Vital statistics of India. Vol. V, Reports of 1876 on armies & jails and on epidemic cholera
Year: 1876
Disease focus: Cholera
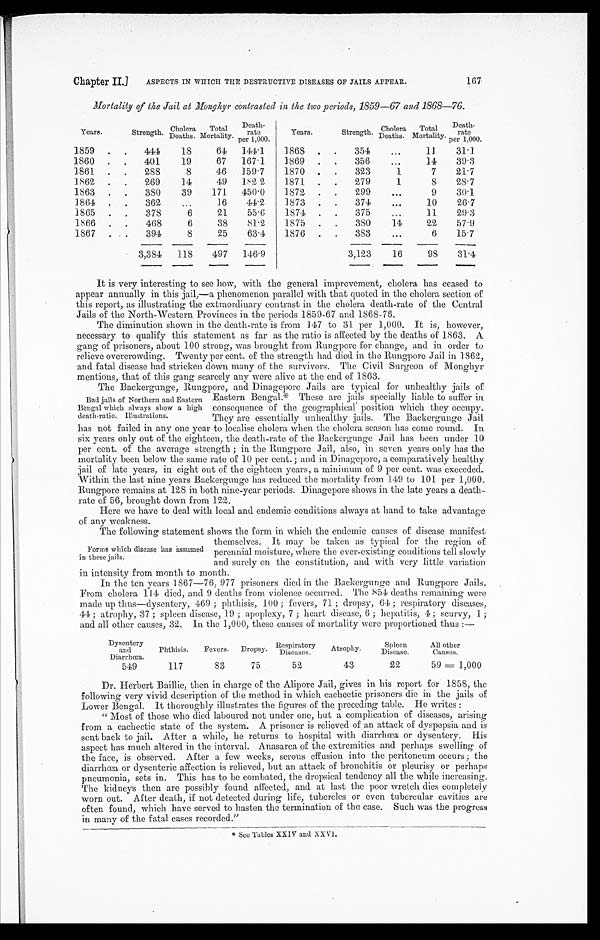
Chapter II.]
ASPECTS IN WHICH THE DESTRUCTIVE DISEASES OF JAILS APPEAR.
167
Mortality of the Jail at Monghyr contrasted in the two periods, 1859-67 and 1868-76.
Years.
Strength. Cholera
Deaths.
Total
Mortality.
Death rate
per 1,000.
1859
444
18
64
144.1
1860
401
19
67
167.1
1861
288
8
46
159.7
1862
269
14
49
182.2
1863
380
39
171
450.0
1864
362
16
44.2
1865
378
6
21
55.6
1866
468
6
38
81.2
1867
394
8
25
63.4
3,384
118
497
146.9
Years.
Strength. Cholera
Deaths.
Total
Mortality.
Death
rate
per 1,000.
1868
354
11
31.1
1869
356
14
39.3
1870
323
1
7
21.7
1871
279
1
8
28.7
1872
299
9
3 0 . 1
1873
374
10
26.7
1874
375
11
29.3
1875
380
14
22
57.9
1876
383
6
15.7
3,123
16
98
31.4
It is very interesting to see how, with the general improvement, cholera has ceased to
appear annually in this jail,—a phenomenon parallel with that quoted in the cholera section of
this report, as illustrating the extraordinary contrast in the cholera death-rate of the Central
Jails of the North-Western Provinces in the periods 1859-67 and 1868-76.
The diminution shown in the death-rate is from 147 to 31 per 1,000. It is, however,
necessary to qualify this statement as far as the ratio is affected by the deaths of 1863. A
gang of prisoners, about 100 strong, was brought from Rungpore for change, and in order to
relieve overcrowding. Twenty per cent. of the strength had died in the Rungpore Jail in 1862,
and fatal disease had stricken down many of the survivors. The Civil Surgeon of Monghyr
mentions, that of this gang scarcely any were alive at the end of 1863.
The Backergun ge, Rungpore, and Dinagepore Jails are typical for unhealthy jails of
Eastern Bengal.* These are jails specially liable to suffer in
consequence of the geographical position which they occupy.
They are essentially unhealthy jails. The Backergunge Jail
has not failed in any one year to localise cholera when the cholera season has come round. In
six years only out of the eighteen, the death-rate of the Backergunge Jail has been under 10
per cent. of the average strength; in the Rungpore Jail, also, in seven years only has the
mortality been below the same rate of 10 per cent.; and in Dinagepore, a comparatively healthy
jail of late years, in eight out of the eighteen years, a minimum of 9 per cent. was exceeded.
Within the last nine years Backergunge has reduced the mortality from 149 to 101 per 1,000.
Rungpore remains at 128 in both nine-year periods. Dinagepore shows in the late years a death-
rate of 56, brought down from 122.
Here we have to deal with local and endemic conditions always at hand to take advantage
of any weakness.
The following statement shows the form in which the endemic causes of disease manifest
themselves. It may be taken as typical for the region of
perennial moisture, where the ever-existing conditions tell slowly
and surely on the constitution, and with very little variation
in intensity from month to month.
In the ten years 1867-76, 977 prisoners died in the Backergunge and Rungpore Jails.
From cholera 114, died, and 9 deaths from violence occurred. The 854 deaths remaining were
made up thus—dysentery, 469; 100; fevers, 71; dropsy, 64; respiratory diseases,
44; atrophy, 37; spleen disease, 19; apoplexy, 7; heart disease, 6; hepatitis, 4; scurvy, 1;
and all other causes, 32. In the 1,000, these causes of mortality were proportioned thus:—
Dysentery
and
Diarrhœa.
Phthisis.
Fevers. Dropsy. Respiratory Diseases.
Atrophy.
Spleen
Disease.
All other
Causes.
549
117
83
75
52
43
22
5 9 = 1 , 0 0 0
Dr. Herbert Baillie, then in charge of the Alipore Jail, gives in. his report for 1858, the
following very vivid description of the method in which cachectic prisoners die in time jails of
Lower Bengal. It thoroughly illustrates the figures of the preceding table. He writes:
"Most of those who died laboured not under one, but a complication of diseases, arising
from a eachectic state of the system. A prisoner is relieved of an attack of dyspepsia and is
sent back to jail. After a while, be returns to hospital with diarrhœa or dysentery. His
aspect has much altered in the interval. Anasarca of the extremities and perhaps swelling of
the face, is observed. After a few weeks, serous effusion into the peritoneum occurs; the
diarrhœa or dysenteric affection is relieved, but an attack of bronchitis or pleurisy or perhaps
pneumonia, sets in. This has to be combated, the dropsical tendency all the while increasing.
The kidneys then are possibly found affected, and at last the poor wretch dies completely
worn out. After death, if not detected during life, tubercles or even tubercular cavities are
often found, which have served to hasten the termination of the case. Such was the progress
in many of the fatal eases recorded."
* S e e T a b l e s X X I V a n d X X V I .
Bad jails of Northern and Eastern
Bengal which always show a high
death-ratio. Illustrations.
Forms which disease has assumed
in these jails.